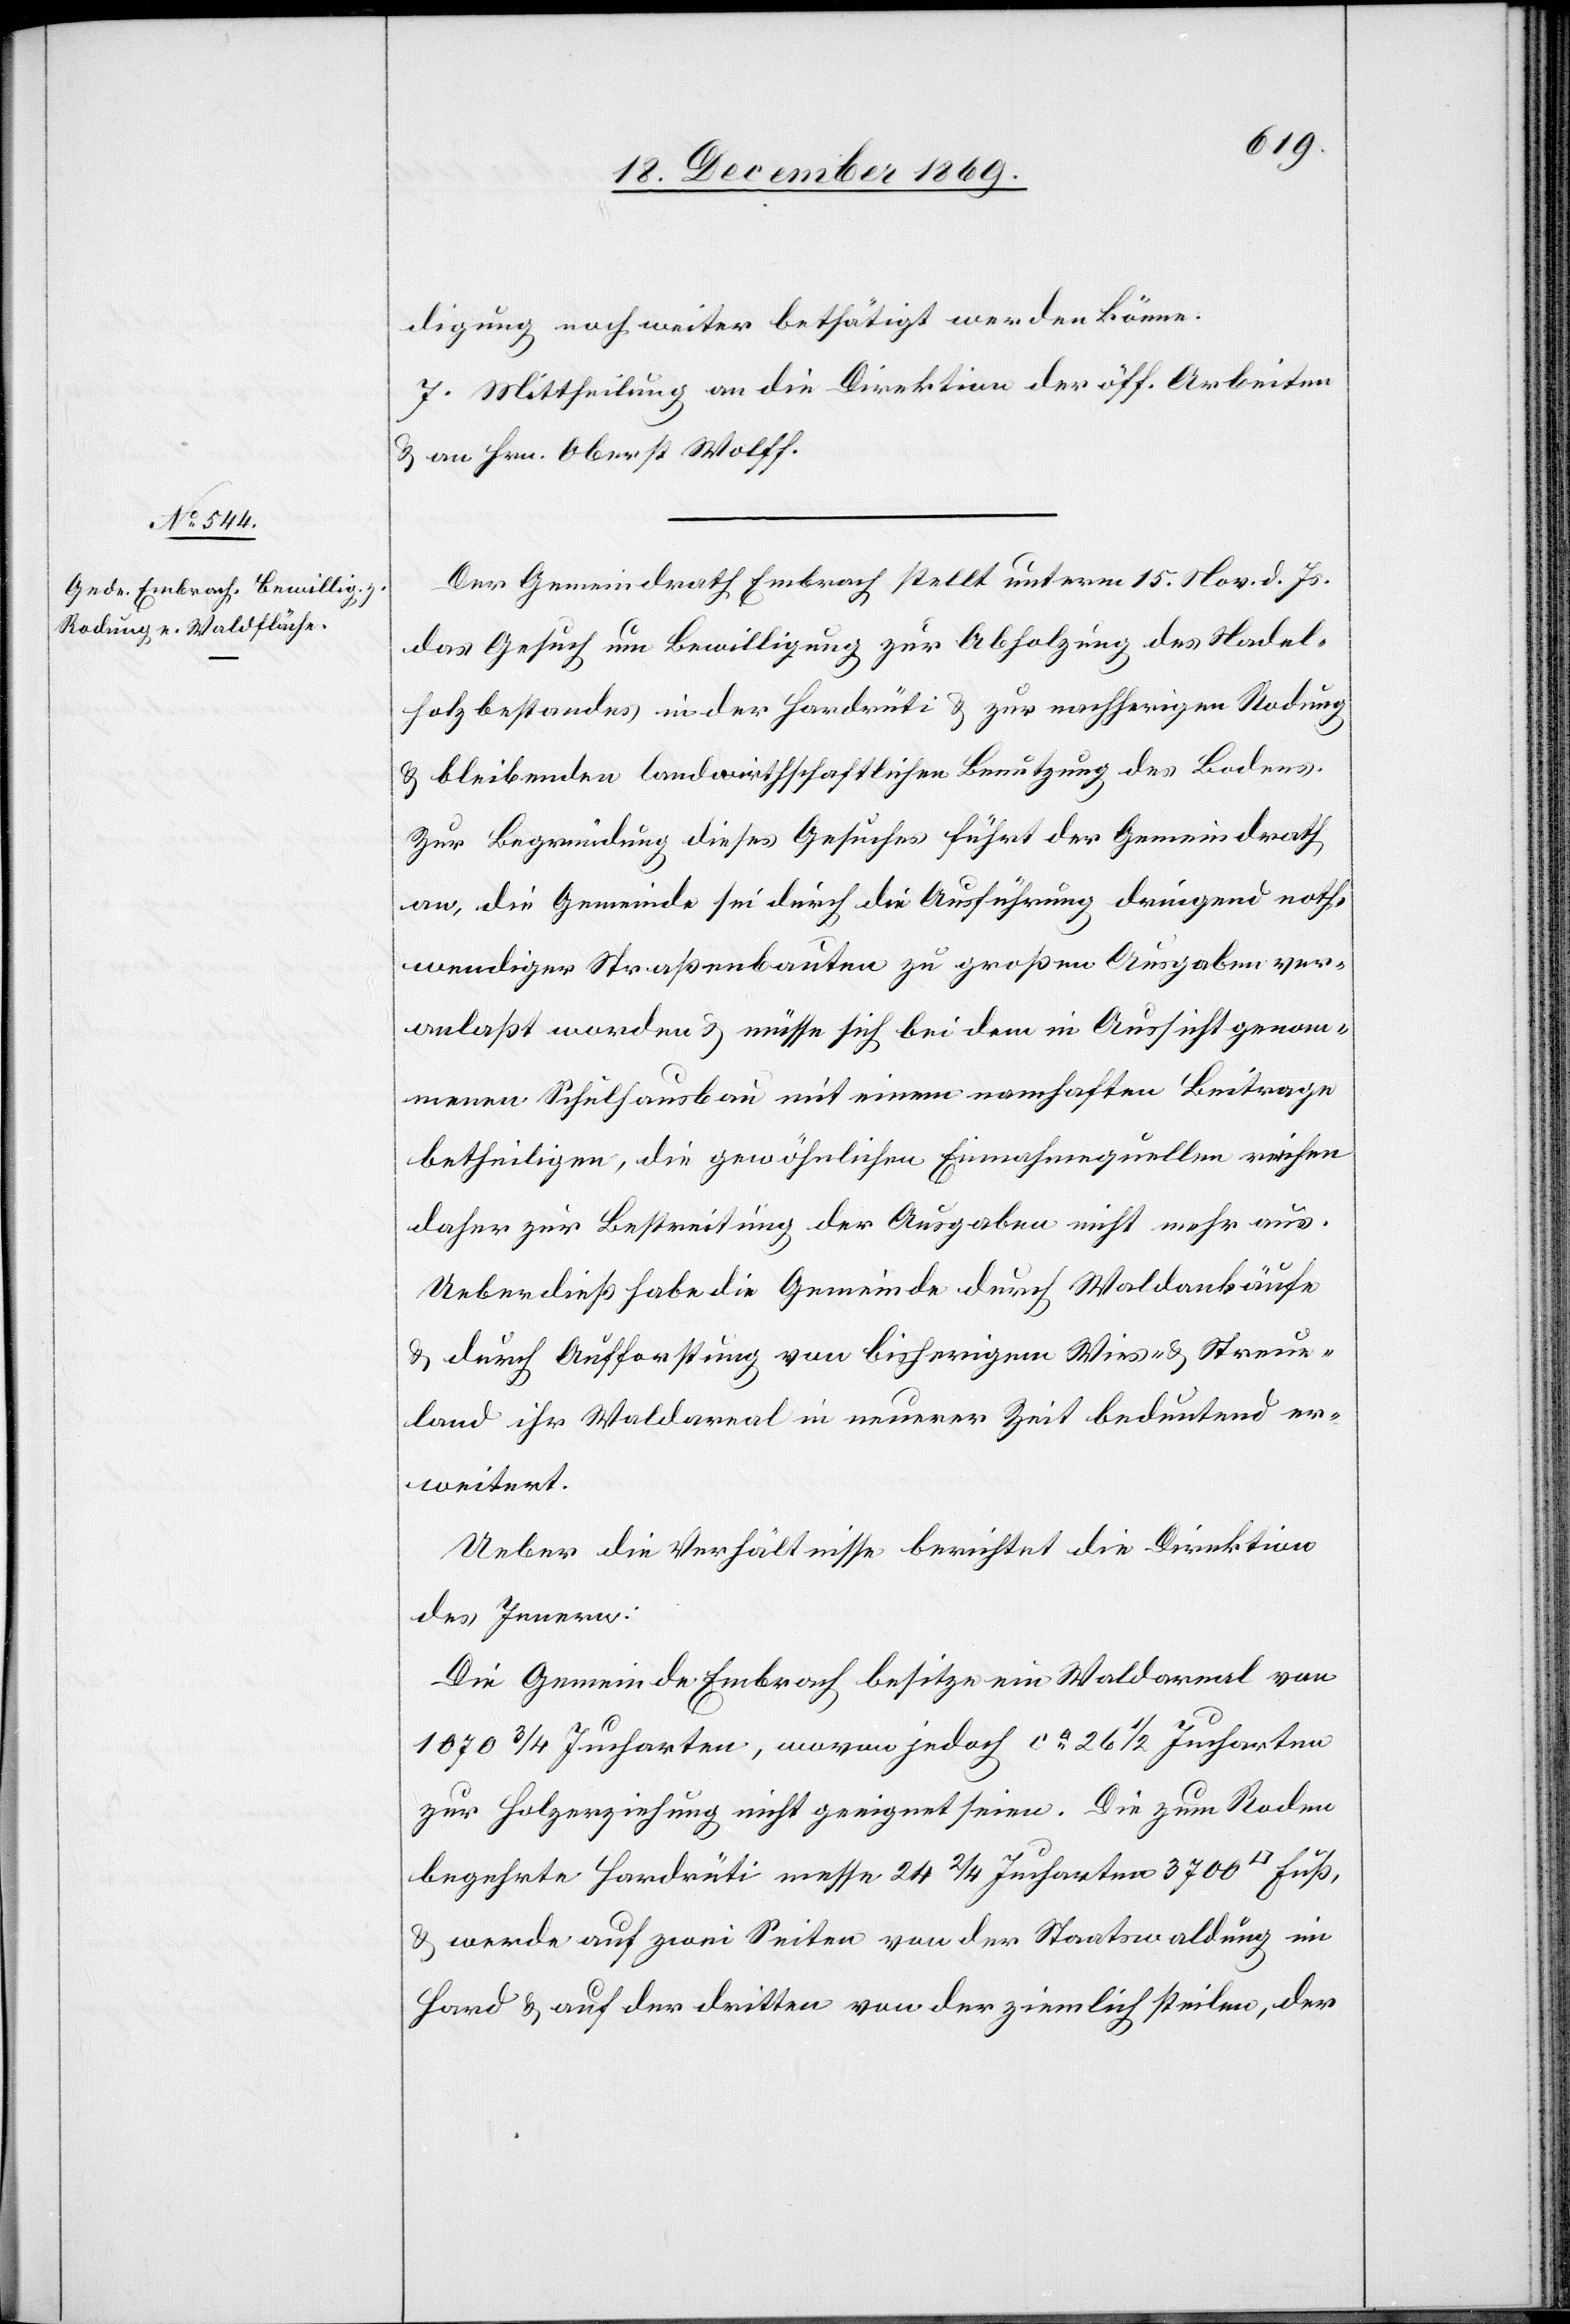
digung noch weiter bethätigt werden könne.
7. Mittheilung an die Direktion der öff. Arbeiten
& an Hrn. Oberst Wolff.
Der Gemeindrath Embrach stellt unterm 15. Nov. d. Js.
das Gesuch um Bewilligung zur Abholzung des Nadel¬
holzbestandes in der Hardrüti & zur nachherigen Rodung
& bleibenden landwirthschaftlichen Benutzung des Bodens.
Zur Begründung dieses Gesuches führt der Gemeindrath
an, die Gemeinde sei durch die Ausführung dringend noth¬
wendiger Straßenbauten zu großen Ausgaben ver¬
anlaßt worden & müsse sich bei dem in Aussicht genom¬
menen Schulhausbau mit einem namhaften Beitrage
betheiligen, die gewöhnlichen Einnahmequellen reichen
daher zur Bestreitung der Ausgaben nicht mehr aus.
Ueberdieß habe die Gemeinde durch Waldankäufe
& durch Aufforstung von bisherigem Wies- & Streue¬
land ihr Waldareal in neuerer Zeit bedeutend er¬
weitert.
Ueber die Verhältnisse berichtet die Direktion
des Innern:
Die Gemeinde Embrach besitze ein Waldareal von
1070 3/4 Jucharten, wovon jedoch ca 26 1/2 Jucharten
zur Holzerziehung nicht geeignet seien. Die zum Roden
begehrte Hardrüti messe 24 2/4 Jucharten 3700 [Quadrat]
& werde auf zwei Seiten von der Staatswaldung im
Hard & auf der dritten von der ziemlich steilen, der